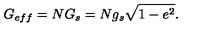
G _ { e f f } = N G _ { s } = N g _ { s } \sqrt { 1 - e ^ { 2 } } .